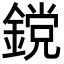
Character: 鎲